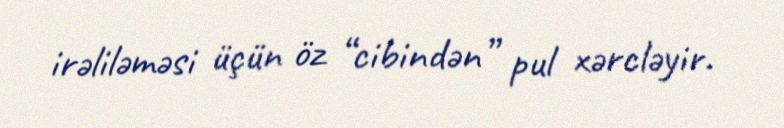
irəliləməsi üçün öz “cibindən” pul xərcləyir.